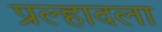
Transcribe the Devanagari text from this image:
प्रल्हादला